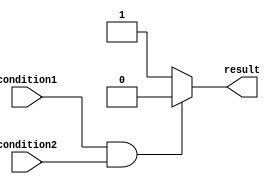
module conditional_statements(
    input wire condition1,
    input wire condition2,
    output reg result
);

    reg signal1, signal2;
    
    initial begin
        signal1 = 1'b1;
        signal2 = 1'b0;
        
        if(condition1 && condition2) begin
            result = signal1 & signal2;
        end else if(condition1 || !condition2) begin
            result = signal1 | signal2;
        end else begin
            result = signal1 ^ signal2;
        end
        
        case(result)
            2'b00: begin
                $display("Result is 00");
            end
            2'b01: begin
                $display("Result is 01");
            end
            2'b10: begin
                $display("Result is 10");
            end
            2'b11: begin
                $display("Result is 11");
            end
            default: begin
                $display("Unknown result");
            end
        endcase
    end
    
endmodule